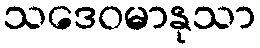
သဒေဝမာနုသာ